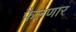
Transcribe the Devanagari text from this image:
फैलणार